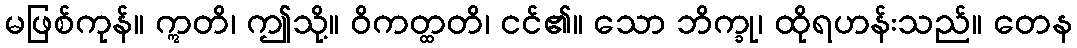
မဖြစ်ကုန်။ ဣတိ၊ ဤသို့။ ဝိကတ္ထတိ၊ ငင်၏။ သော ဘိက္ခု၊ ထိုရဟန်းသည်။ တေန